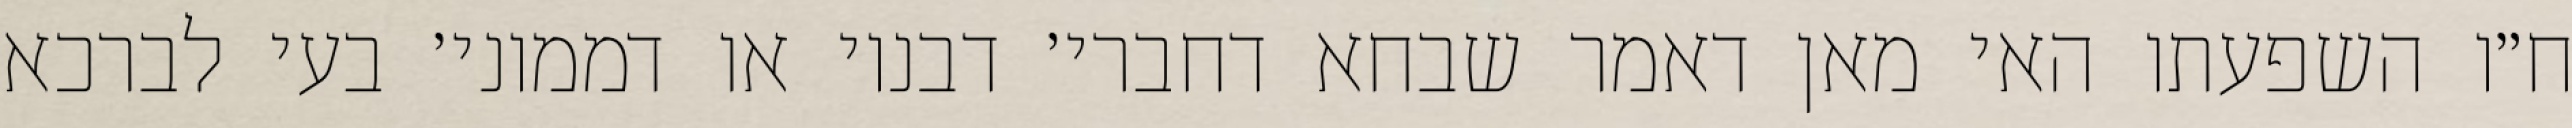
ח״ו השפעתו האי מאן דאמר שבחא דחברי׳ דבנוי או דממוני׳ בעי לברכא